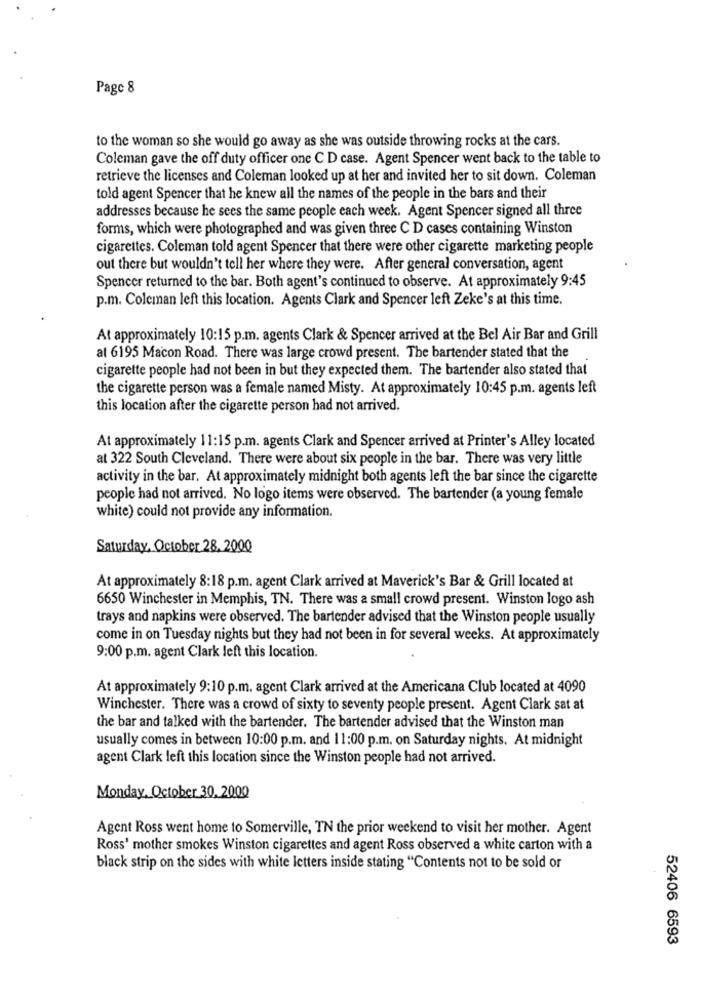
Page 8
to the woman so she would go away as she was outside throwing rocks at the cars.
Coleman gave the off duty officer one C D case. Agent Spencer went back to the table to
retrieve the licenses and Coleman looked up at her and invited her to sit down. Coleman
told agent Spencer that he knew all the names of the people in the bars and their
addresses because he sees the same people each week. Agent Spencer signed all three
forms, which were photographed and was given three C D cases containing Winston
cigarettes. Coleman told agent Spencer that there were other cigarette marketing people
out there but wouldn't tell her where they were. After general conversation, agent
Spencer returned to the bar. Both agent's continued to observe. At approximately 9:45
p.m. Coleman left this location. Agents Clark and Spencer left Zeke's at this time.
At approximately 10:15 p.m. agents Clark & Spencer arrived at the Bel Air Bar and Grill
at 6195 Macon Road. There was large crowd present. The bartender stated that the
cigarette people had not been in but they expected them. The bartender also stated that
the cigarette person was a female named Misty. At approximately 10:45 p.m. agents left
this location after the cigarette person had not arrived.
At approximately 11:15 p.m. agents Clark and Spencer arrived at Printer's Alley located
at 322 South Cleveland. There were about six people in the bar. There was very little
activity in the bar. At approximately midnight both agents left the bar since the cigarette
people had not arrived. No logo items were observed. The bartender (a young female
white) could not provide any information.
Saturday, October 28, 2000
At approximately 8:18 p.m. agent Clark arrived at Maverick's Bar & Grill located at
6650 Winchester in Memphis, TN. There was a small crowd present. Winston logo ash
trays and napkins were observed. The bartender advised that the Winston people usually
come in on Tuesday nights but they had not been in for several weeks. At approximately
9:00 p.m. agent Clark left this location.
At approximately 9:10 p.m. agent Clark arrived at the Americana Club located at 4090
Winchester. There was a crowd of sixty to seventy people present. Agent Clark sat at
the bar and talked with the bartender. The bartender advised that the Winston man
usually comes in between 10:00 p.m. and 11:00 p.m. on Saturday nights. At midnight
agent Clark left this location since the Winston people had not arrived.
Monday, October 30, 2000
Agent Ross went home to Somerville, TN the prior weekend to visit her mother. Agent
Ross' mother smokes Winston cigarettes and agent Ross observed a white carton with a
black strip on the sides with white letters inside stating "Contents not to be sold or
52406 6593